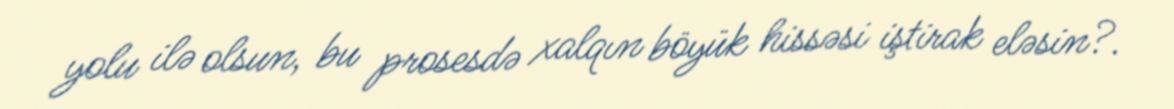
yolu ilə olsun, bu prosesdə xalqın böyük hissəsi iştirak eləsin?.